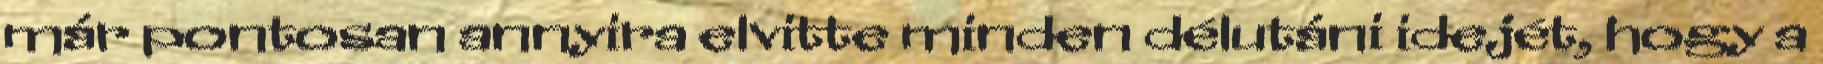
már pontosan annyira elvitte minden délutáni idejét, hogy a